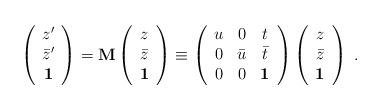
LaTeX: \begin{align*}\left( \begin{array}{c}z^\prime \\\bar z^\prime \\\bf 1\end{array} \right) ={\bf M}\left( \begin{array}{c}z \\\bar z \\\bf 1\end{array} \right) \equiv\left( \begin{array}{ccc}u & 0 & t \\0 & \bar u & \bar t \\0 & 0 & {\bf 1}\end{array} \right)\left( \begin{array}{c}z \\\bar z \\\bf 1\end{array} \right) \ . \end{align*}